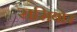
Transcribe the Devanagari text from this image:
रासिबोर